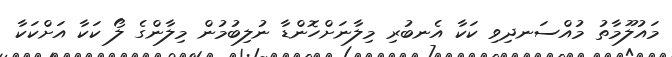
މައުލޫމާތު މުއްސަނދިވި ކަކާ އެނބުރި މިލާނަށްހޮންޑާ ނުލިބުމުން މިލާންގެ ލޯ ކަކާ އަށްކަކާ